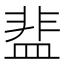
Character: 𬐤